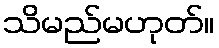
သိမည်မဟုတ်။